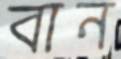
বান